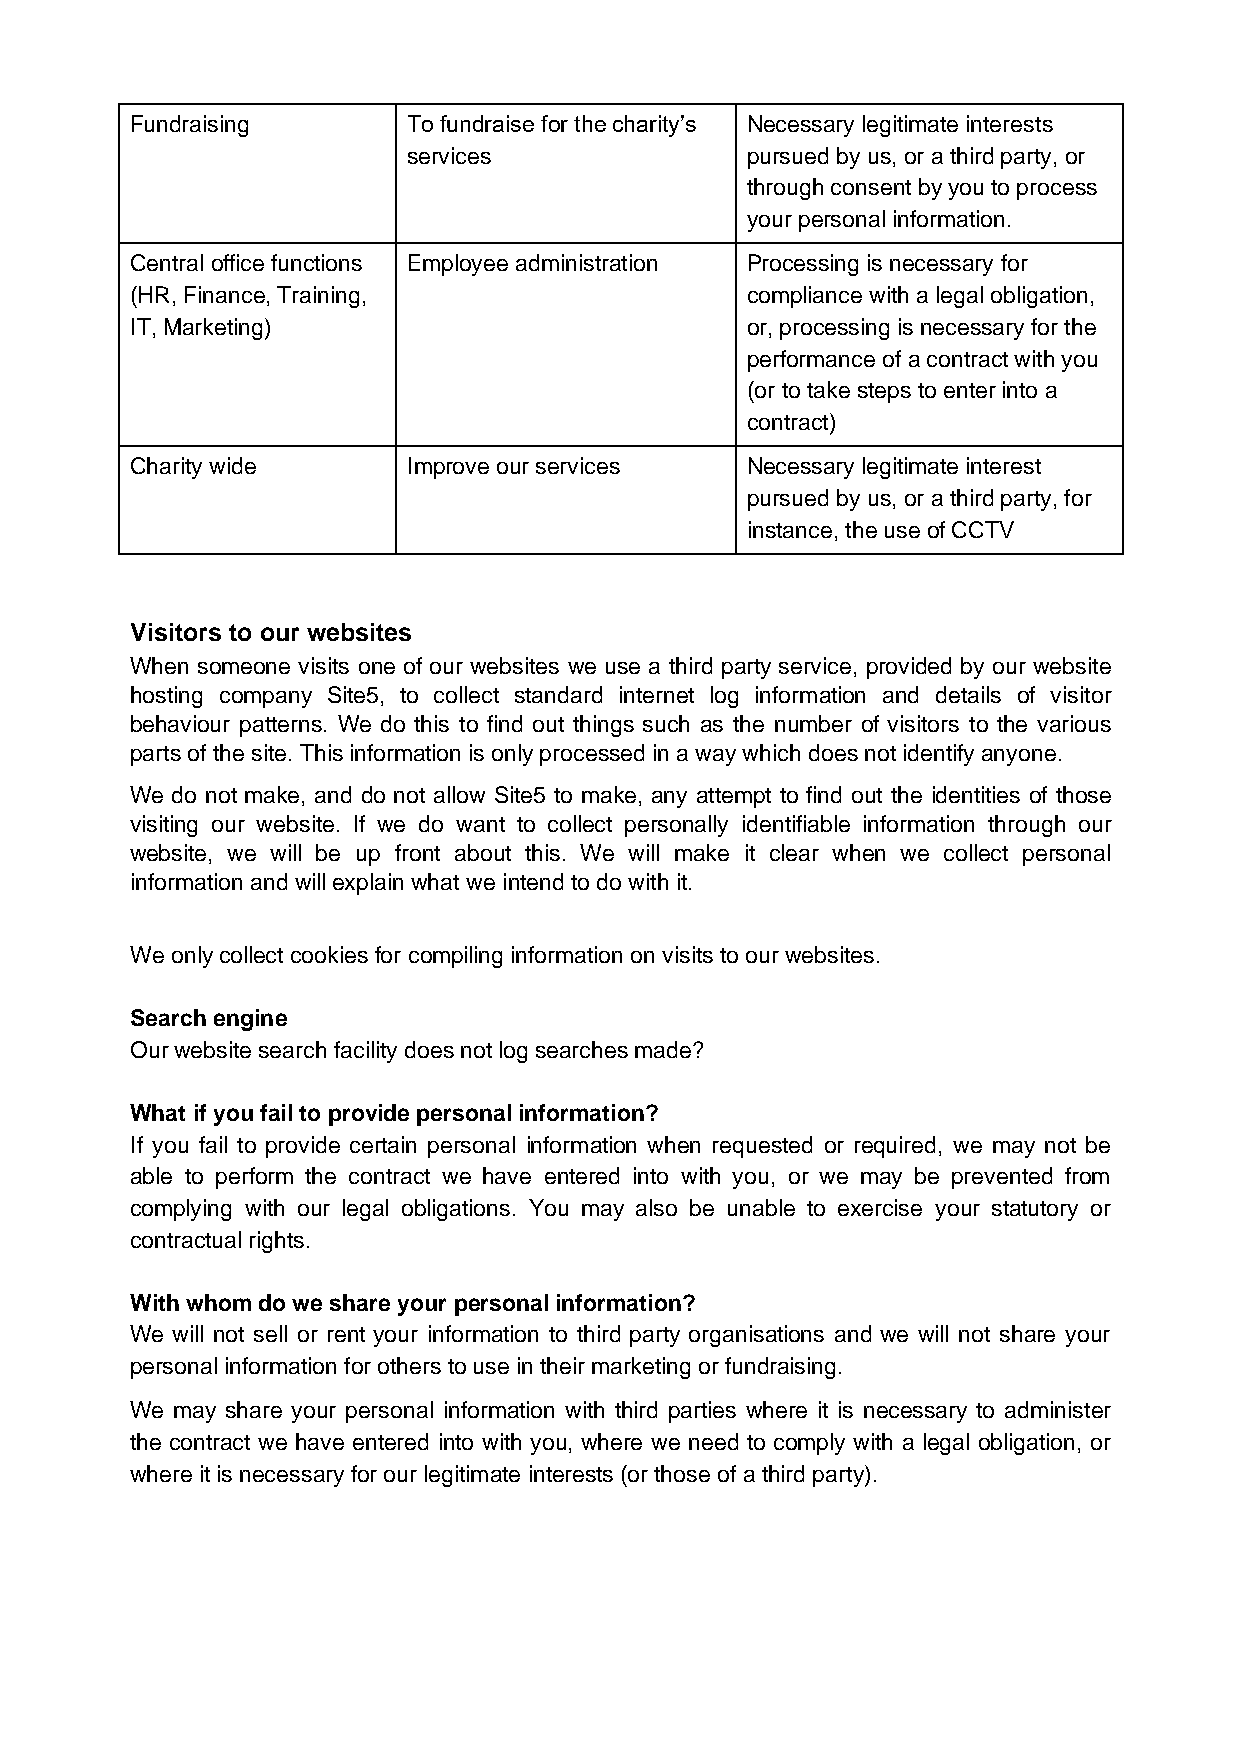
Fundraising       To fundraise for the charity’s Necessary legitimate interests
 services              pursued by us, or a third party, or
 through consent by you to process
 your personal information.
 Central office functions Employee administration Processing is necessary for
 (HR, Finance, Training,                 compliance with a legal obligation,
 IT, Marketing)                          or, processing is necessary for the
 performance of a contract with you
 (or to take steps to enter into a
 contract)
 Charity wide      Improve our services  Necessary legitimate interest
 pursued by us, or a third party, for
 instance, the use of CCTV
 Visitors to our websites
 When someone visits one of our websites we use a third party service, provided by our website
 hosting company Site5, to collect standard internet log information and details of visitor
 behaviour patterns. We do this to find out things such as the number of visitors to the various
 parts of the site. This information is only processed in a way which does not identify anyone.
 We do not make, and do not allow Site5 to make, any attempt to find out the identities of those
 visiting our website. If we do want to collect personally identifiable information through our
 website, we will be up front about this. We will make it clear when we collect personal
 information and will explain what we intend to do with it.
 We only collect cookies for compiling information on visits to our websites.
 Search engine
 Our website search facility does not log searches made?
 What if you fail to provide personal information?
 If you fail to provide certain personal information when requested or required, we may not be
 able to perform the contract we have entered into with you, or we may be prevented from
 complying with our legal obligations. You may also be unable to exercise your statutory or
 contractual rights.
 With whom do we share your personal information?
 We will not sell or rent your information to third party organisations and we will not share your
 personal information for others to use in their marketing or fundraising.
 We may share your personal information with third parties where it is necessary to administer
 the contract we have entered into with you, where we need to comply with a legal obligation, or
 where it is necessary for our legitimate interests (or those of a third party).